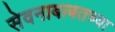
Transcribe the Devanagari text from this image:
सेवनाबाबतच्या